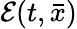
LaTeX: {\mathcal E}(t,{\bar{x}})